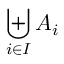
\biguplus _ { i \in I } A _ { i }